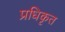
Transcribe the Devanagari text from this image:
प्रधिकृत